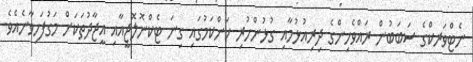
ނެޓްވަރކްގެ ސަބަބުން ރައްވެހިންގެ ދިރިއުޅުމާއި ގުޅުންހުރި ކަންކަމުގައި ގިނަ ޓެކްނޮލޮޖީއާއި އީޖާދުތަކަށް މަގުފަހިވާނެއެވެ.